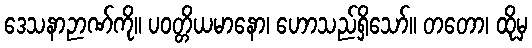
ဒေသနာဉာဏ်ကို။ ပဝတ္တိယမာနော၊ ဟောသည်ရှိသော်။ တတော၊ ထိုမှ